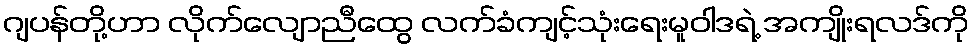
ဂျပန်တို့ဟာ လိုက်လျောညီထွေ လက်ခံကျင့်သုံးရေးမူဝါဒရဲ့ အကျိုးရလဒ်ကို